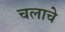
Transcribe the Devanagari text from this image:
चलाचे